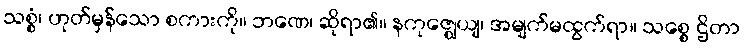
သစ္စံ၊ ဟုတ်မှန်သော စကားကို။ ဘဏေ၊ ဆိုရာ၏။ နကုဇ္ဈေယျ၊ အမျက်မထွက်ရာ။ သစ္စေ ဌိတာ